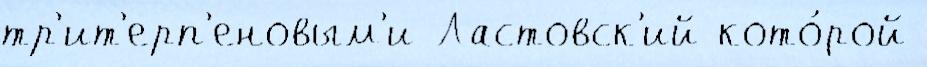
тр'ит'ерп'еновым'и Ластовск'ий кото́рой